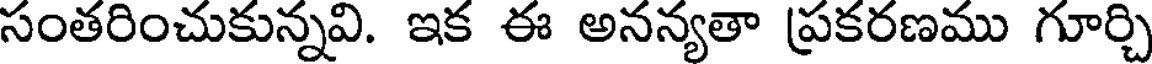
సంతరించుకున్నవి. ఇక ఈ అనన్యతా ప్రకరణము గూర్చి